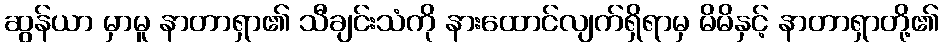
ဆွန်ယာ မှာမူ နာတာရှာ၏ သီချင်းသံကို နားထောင်လျက်ရှိရာမှ မိမိနှင့် နာတာရှာတို့၏